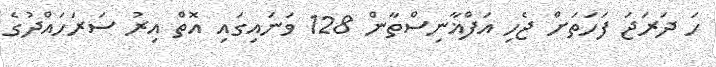
ހަ ދަރަޖަ ފަހަތަށް ޖެހި އަފްޣާނިސްތާން 128 ވަނައިގައި އޮތް އިރު ސަރަހައްދުގެ